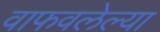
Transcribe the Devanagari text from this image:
वाफवलेल्या